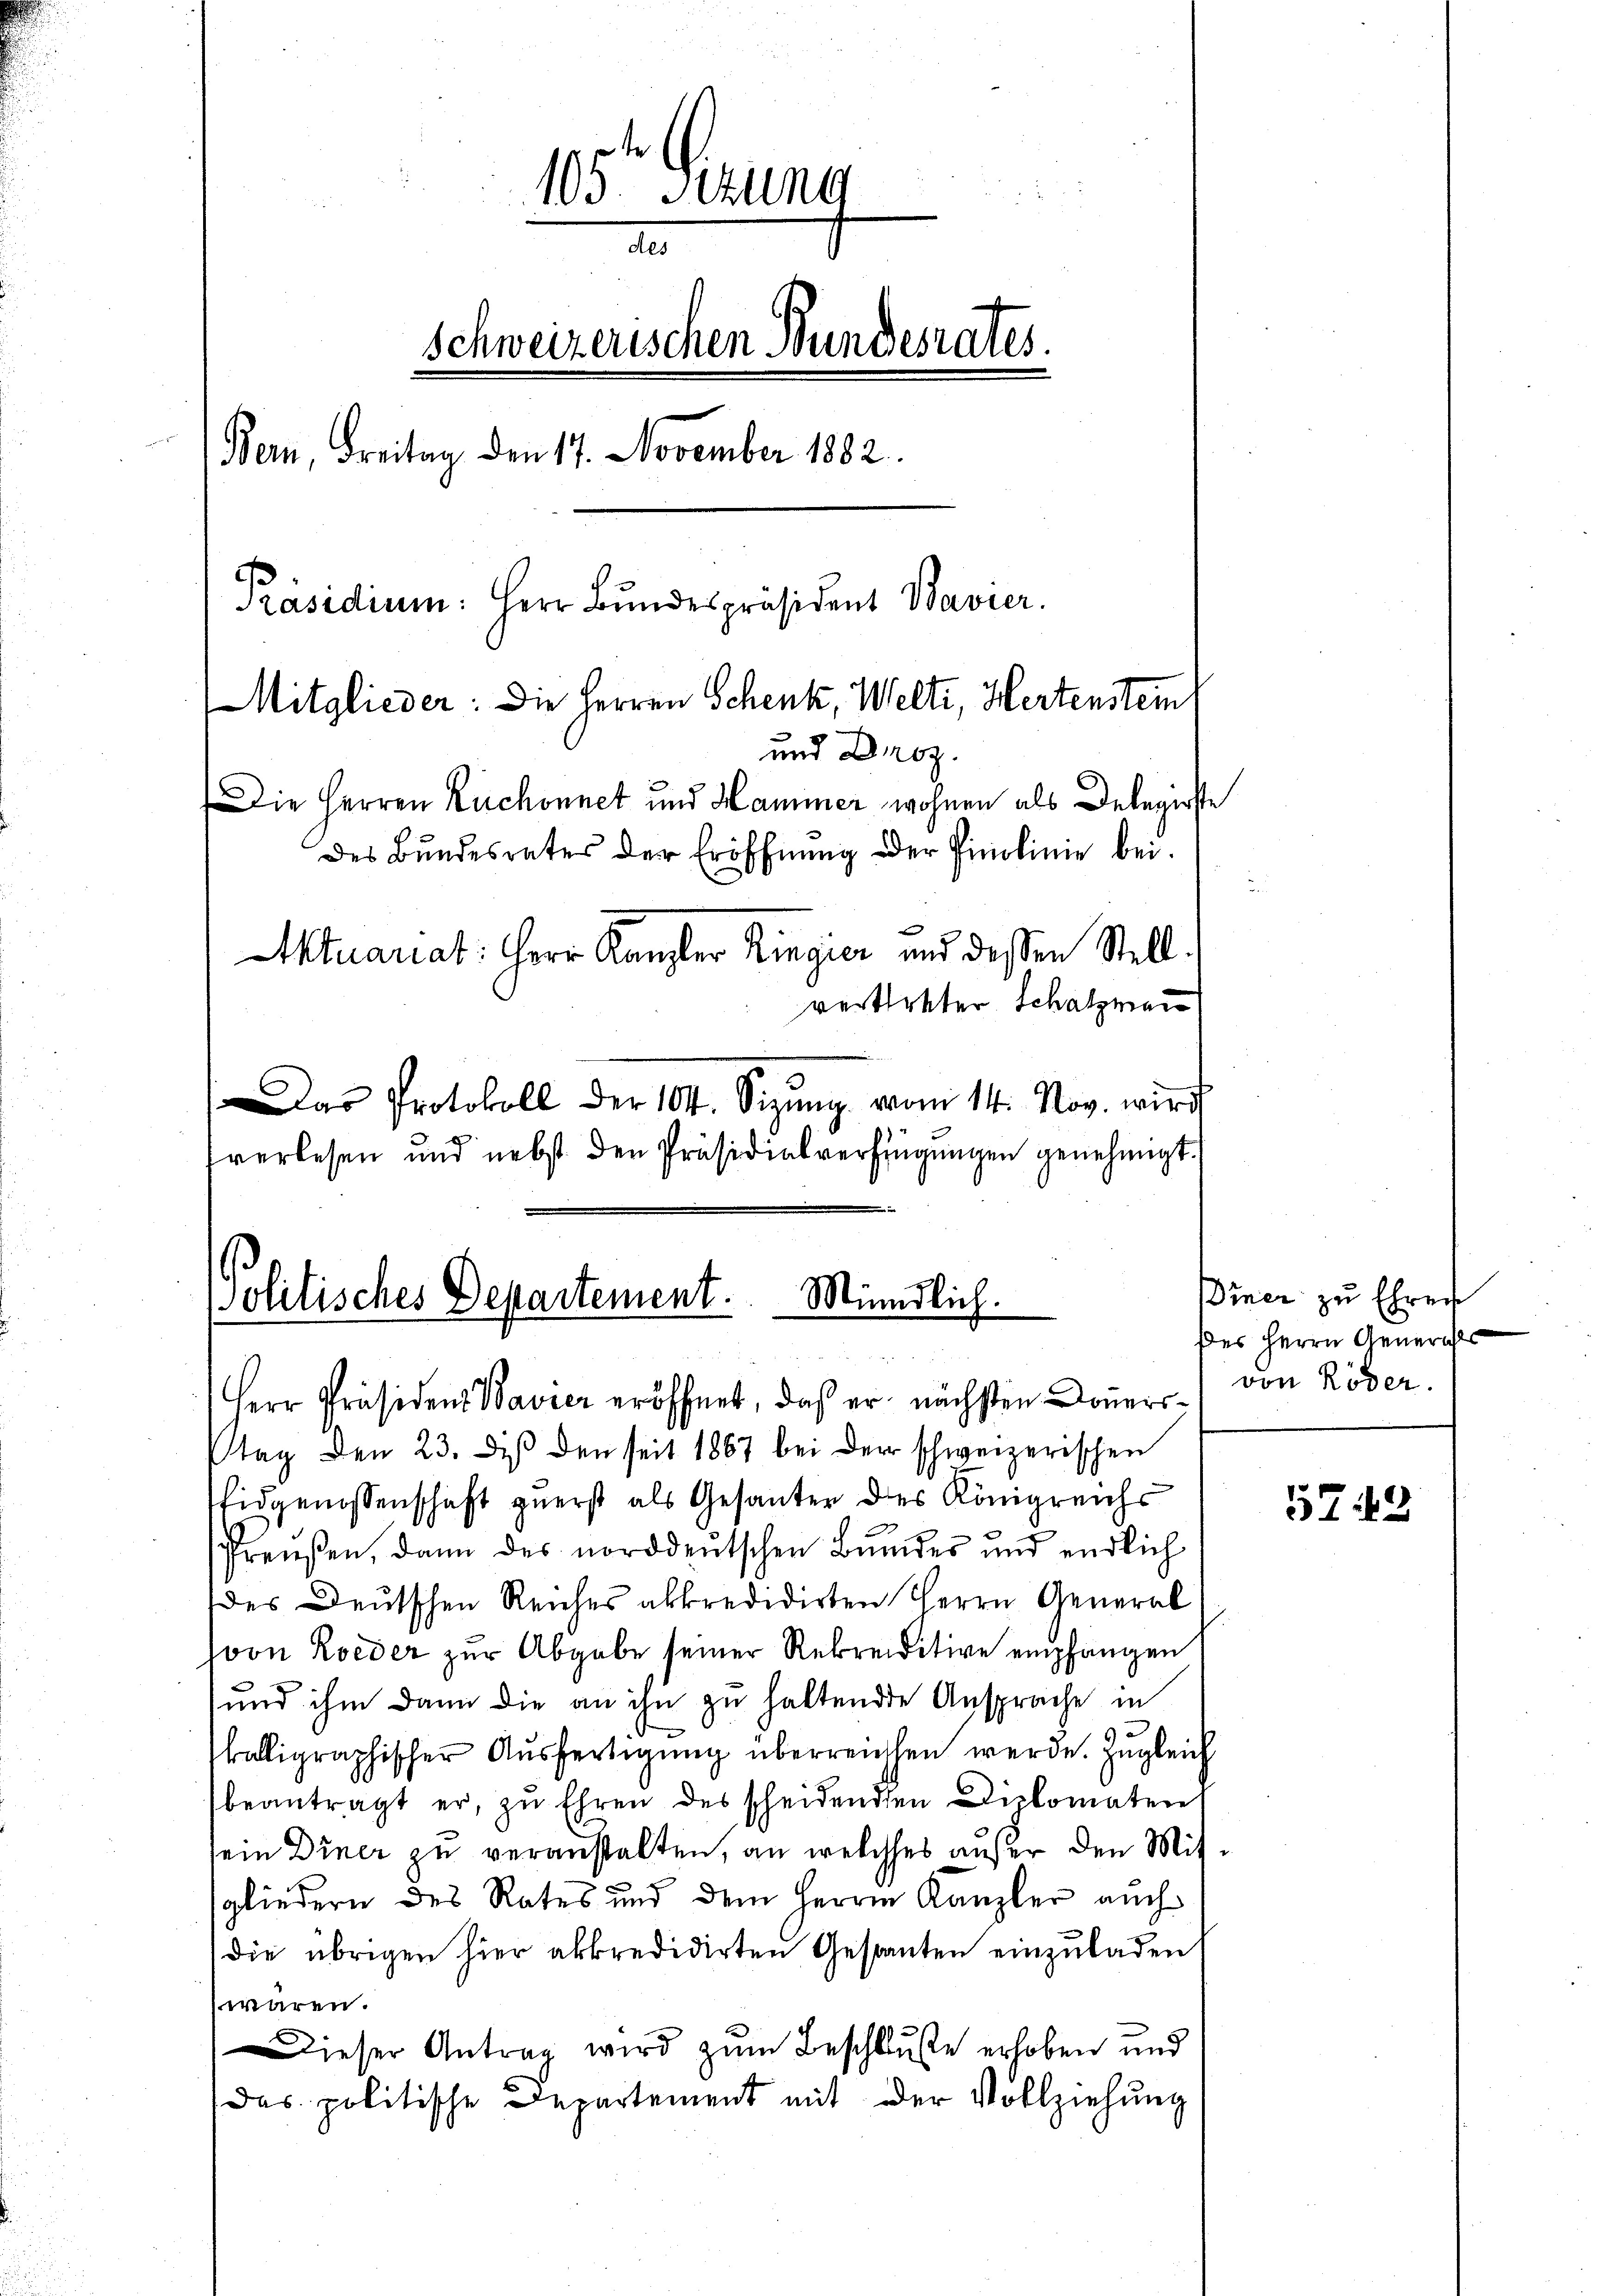
105 Sitzung
de
Schweizerischen Bundesrates.
Bern, Freitag den 17. November 1882.
Präsidium. Herr Bundespräsident Bavier.
Mitglieder: Die Herren Schenk, Welti, Hertenstein
und Droz.
Die Herren Ruchonnet und Hammer wohnen als Delegirste
des Bŭndesrates der Eröffnŭng der Pinolinie bei.
Aktuariat: Herr Kanzler Ringier und dessen Stell.
vertreter Schatzmai

Das Protokoll der 104. Sizŭng vom 14. Nov. wird
fverlesen und nebst den Präsidialverfügungen genehmigt.

Politisches Departement. Mündlich.

Herr Präsident Bavier eröffnet, daß er nächsten Donerstag den 23. des den seit 1887 bei der schweizerischen
Eidgenossenschaft zuerst als Gesanter des Königreichs
Preußen, dann des norddeutschen Bundes und endlich
des Deutschen Reiches abkredidirten Herrn General
von Zoeder zur Abgabe seiner Rekreditive empfangen
und ihm dann die an ihn zu haltende Ansprache in
kalligraphischer Aŭsfertigŭng überreichen werde. Zŭgleich
beantragt er, zu Ehren des scheidenden Diplomateres
sein Diner zu veranstalten, an welches außer den Mitsgliedern des Rates und dem Herrn Kanzler auch
die übrigen hier abkredidirten Gestanten einzuladen
waren.
Dieser Antrag wird zum Beschluße erhoben und
das politische Departement mit der Vollziehung

Diner zu Ehrer
Des Herrn Generals
von Röder

5743